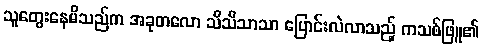
သူတွေးနေမိသည်က အခုတလော သိသိသာသာ ပြောင်းလဲလာသည့် ကသစ်ဖြူ၏